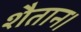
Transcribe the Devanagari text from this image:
शैतान।